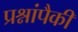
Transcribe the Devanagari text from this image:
प्रश्नांपैकी